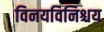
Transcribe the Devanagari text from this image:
विनयविनिश्चय